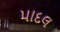
પાદલ